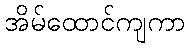
အိမ်ထောင်ကျကာ